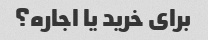
برای خرید یا اجاره؟